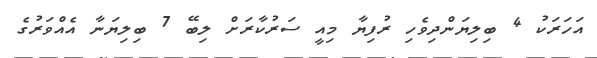
އަހަރަކު 4 ބިލިޔަންދިވެހި ރުފިޔާ މިއީ ސަރުކާރަށް ލިބޭ 7 ބިލިޔަނާ އެއްވަރުގެ